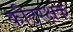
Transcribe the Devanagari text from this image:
कीटरक्षक